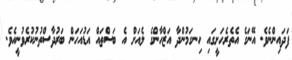
ފަދައިންނެވެ. އޭނަގެ އެތެރެހަށީގައި ހިނގަމުންދާ އަޒްހާންގެ ލެއަށް އެ ބަސްތައް އަޑުއަހަން ބަރުދާސްތުނުކުރެވުނީއެވެ.